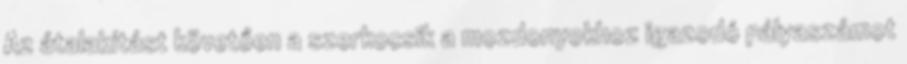
Az átalakítást követően a szerkocsik a mozdonyokhoz igazodó pályaszámot